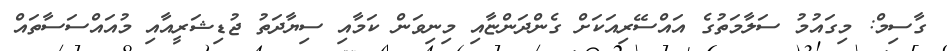
ގާސިމް: މިގައުމު ސަލާމަތުގެ އައްސޭރިއަކަށް ގެންދަންޏާއި މިނިވަން ކަމާއި ސިޔާދަތު ޖުޑިޝަރީއާއި މުއައްސަސާތައް